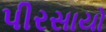
પીરસાયો